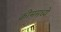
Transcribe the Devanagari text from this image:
क्रीममध्ये